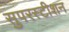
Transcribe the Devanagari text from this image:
सुपरस्टीशन